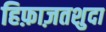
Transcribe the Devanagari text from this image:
हिफ़ाज़तशुदा